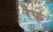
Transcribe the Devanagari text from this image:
रैफ